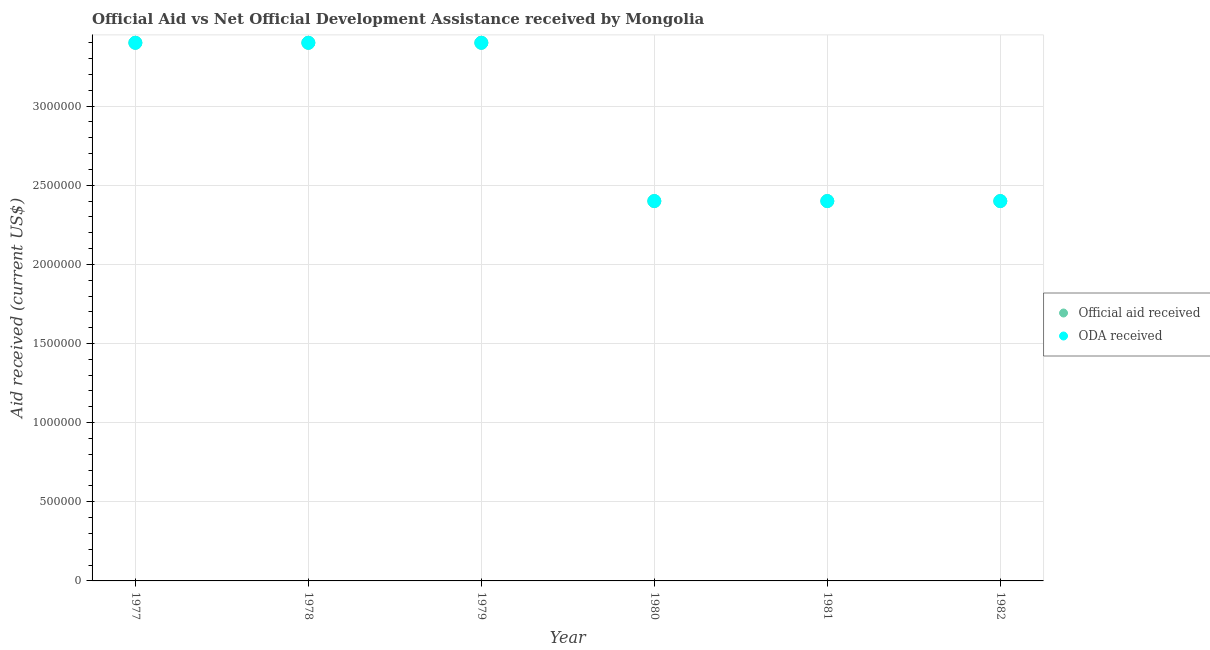
| Year | Official aid received | ODA received |
 | --- | --- | --- |
 | 1977 | 3.4e+06 | 3.4e+06 |
 | 1978 | 3.4e+06 | 3.4e+06 |
 | 1979 | 3.4e+06 | 3.4e+06 |
 | 1980 | 2.4e+06 | 2.4e+06 |
 | 1981 | 2.4e+06 | 2.4e+06 |
 | 1982 | 2.4e+06 | 2.4e+06 |